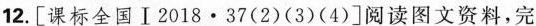
12.[课标全国Ⅰ2018·37(2)(3)(4)]阅读图文资料，完